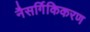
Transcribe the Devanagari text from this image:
नैसर्गिकिकरण